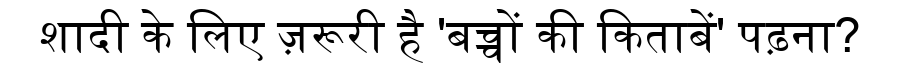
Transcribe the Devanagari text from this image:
शादी के लिए ज़रूरी है 'बच्चों की किताबें' पढ़ना?